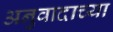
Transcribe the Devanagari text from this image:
अनुवादाच्‍या